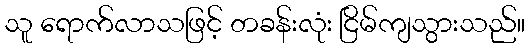
သူ ရောက်လာသဖြင့် တခန်းလုံး ငြိမ်ကျသွားသည်။